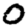
Digit: 0